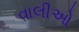
વાલીઓ